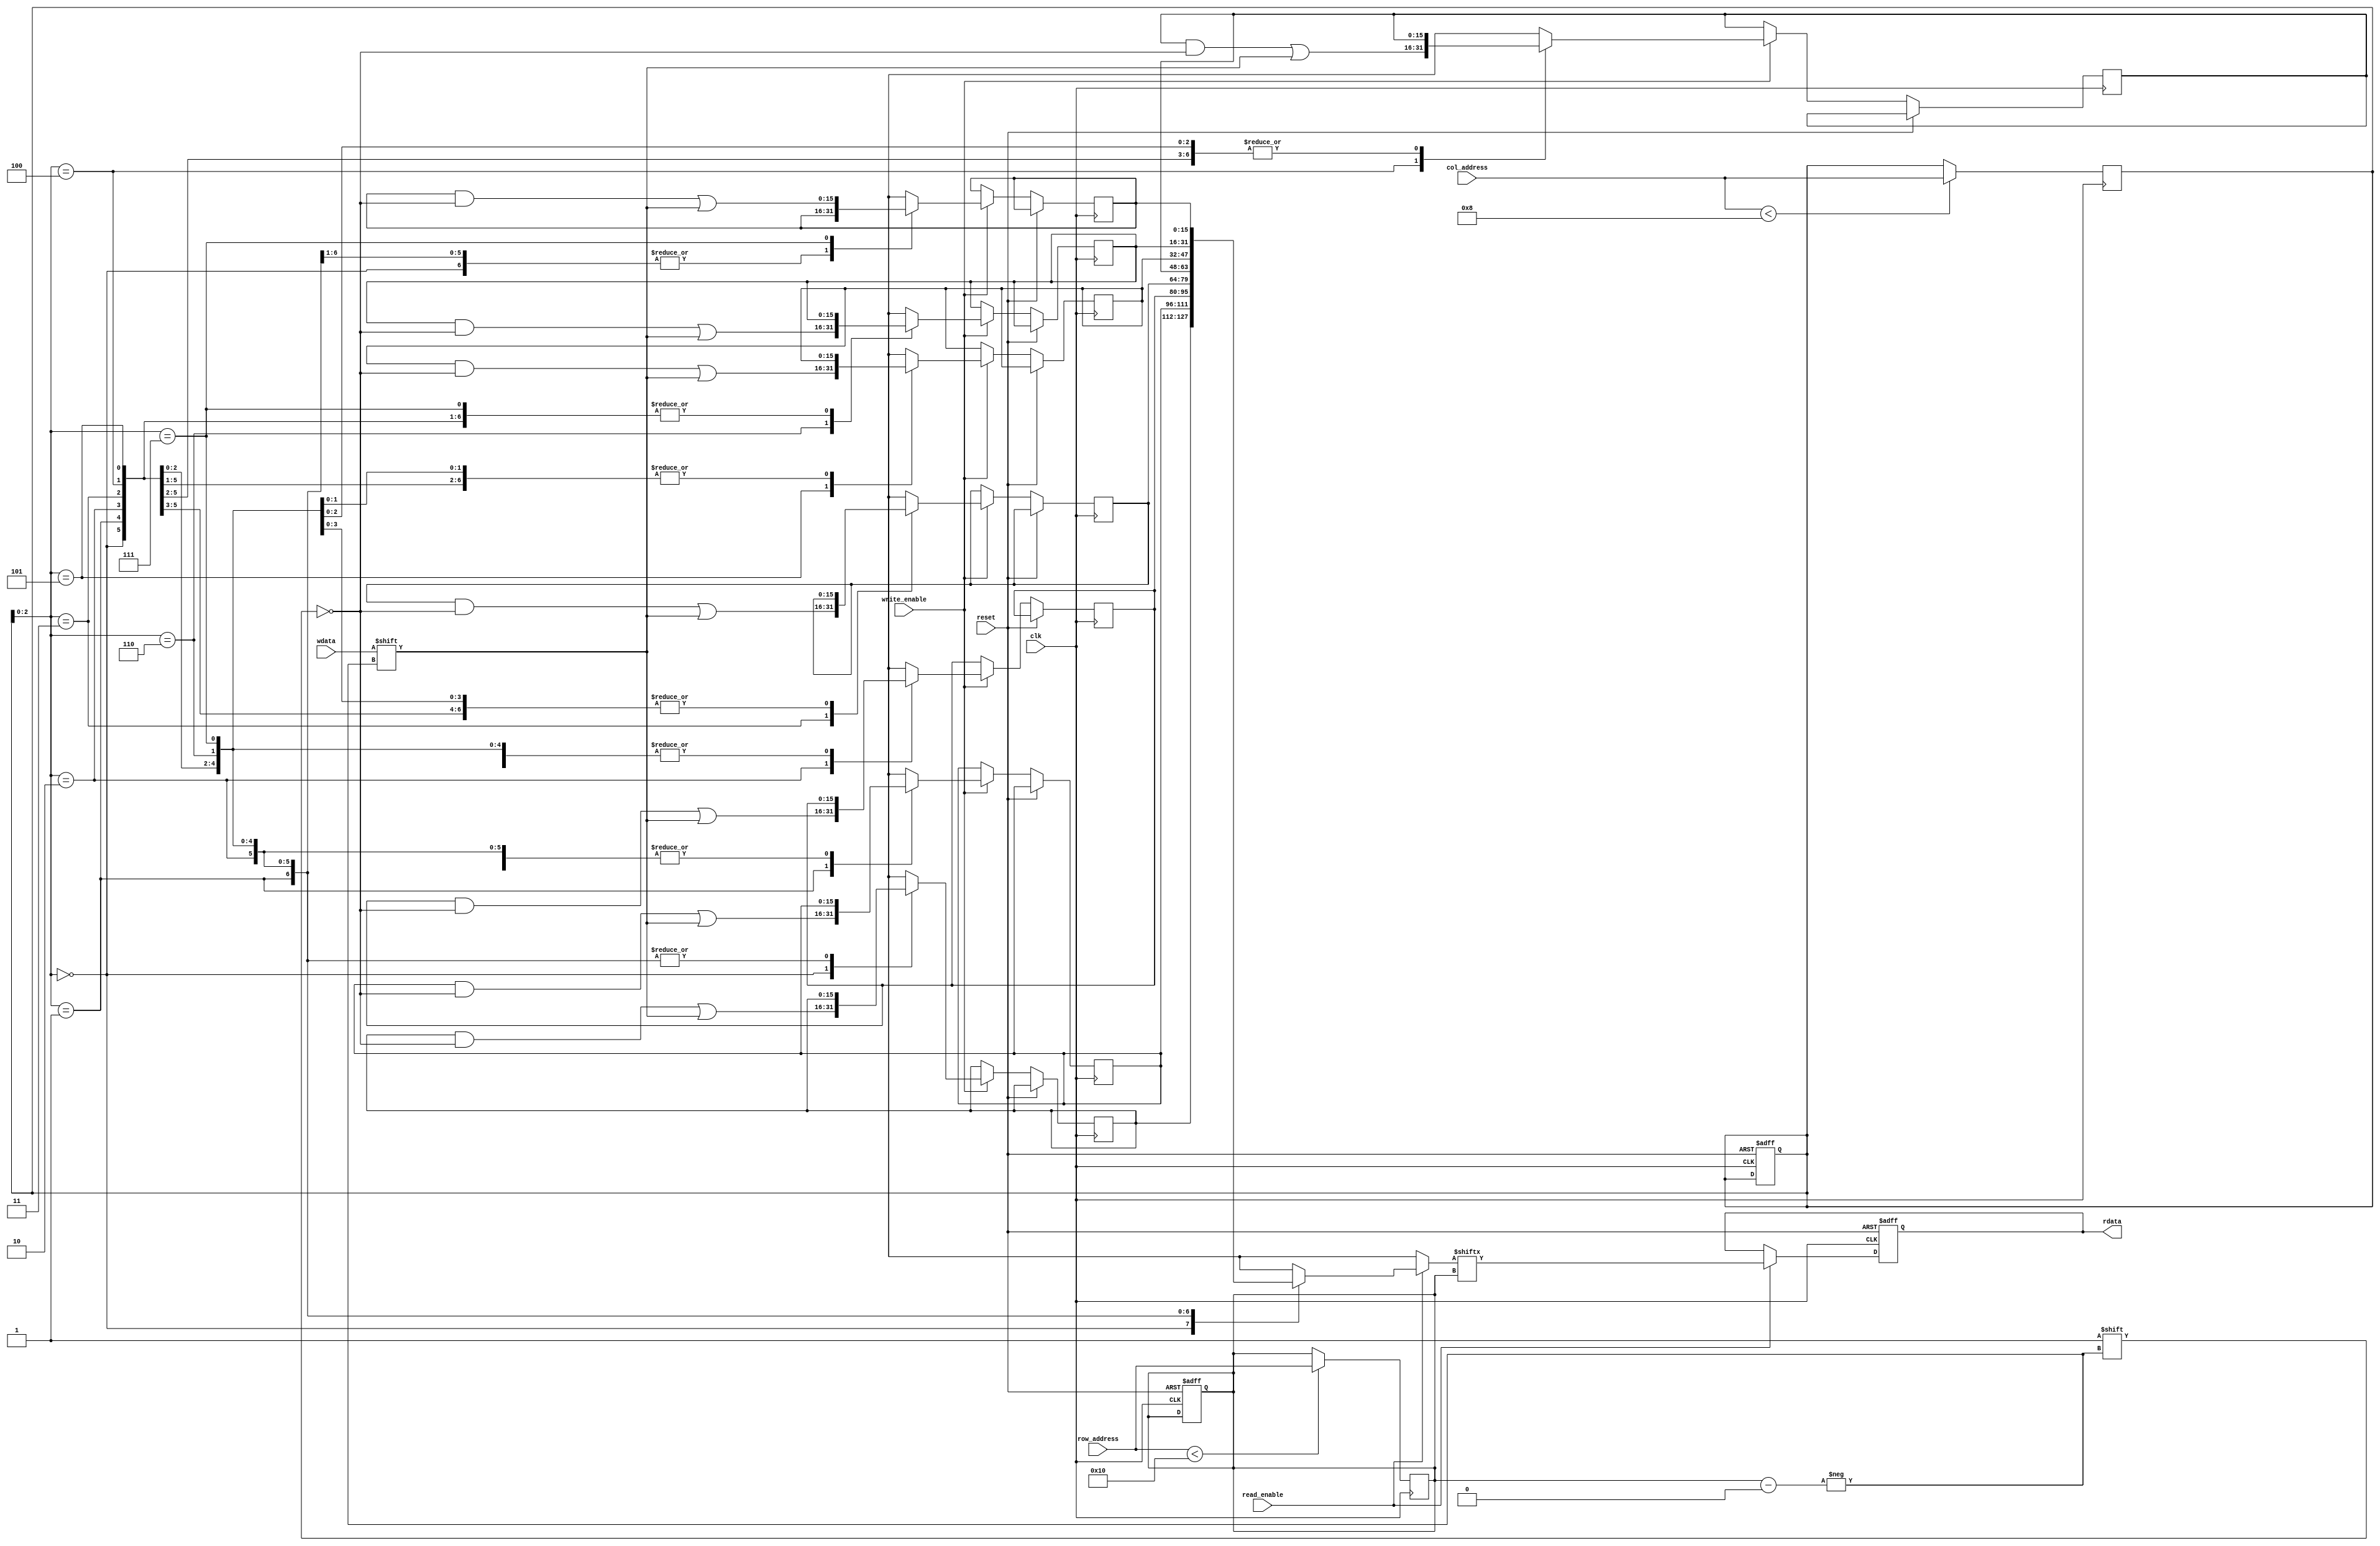
module DRAM (
    input wire clk,
    input wire reset,
    input wire read_enable,
    input wire write_enable,
    input wire [NROW-1:0] row_address,
    input wire [NCOL-1:0] col_address,
    input wire wdata,
    output reg rdata
);

parameter NROW = 16; // Number of rows in memory array
parameter NCOL = 8; // Number of columns in memory array

reg [NROW-1:0] memory [NCOL-1:0]; // Memory array

reg [NROW-1:0] row_selected;
reg [NCOL-1:0] col_selected;

always @ (posedge clk or posedge reset) begin
    if (reset) begin
        row_selected <= 0;
        col_selected <= 0;
        rdata <= 0;
    end else begin
        if (read_enable) begin
            rdata <= memory[col_selected][row_selected];
        end
        if (write_enable) begin
            memory[col_selected][row_selected] <= wdata;
        end
    end
end

always @ (posedge clk) begin
    // Row Address Decoder
    if (row_address < NROW) begin
        row_selected <= row_address;
    end
    // Column Address Decoder
    if (col_address < NCOL) begin
        col_selected <= col_address;
    end
end

endmodule